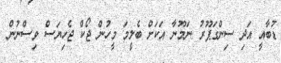
ޑުބާއީ އަދި ސިންގަޕޫރު ނަމޫނާ އަކަށް ބެލީމަ މީހުން ޖޯކް ޖެހިޔަސް ވިސްނުން